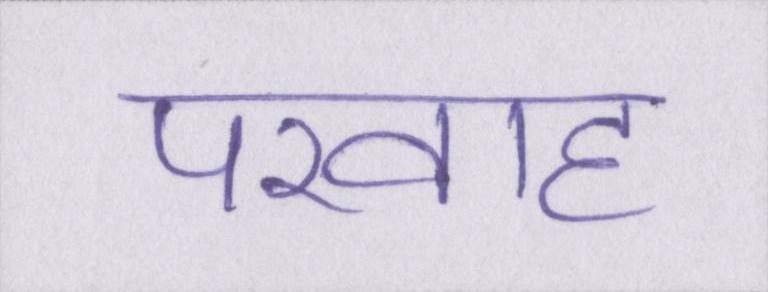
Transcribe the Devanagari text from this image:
परवाह